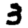
Digit: 3